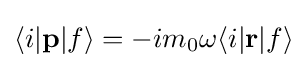
\langle i|{\textbf {p}}|f\rangle =-im_{0}\omega \langle i|{\textbf {r}}|f\rangle